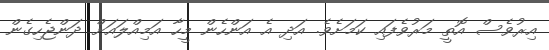
އިރުވެސް އޮތީ މަރުވެފައި ކަމަށެވެ. އަދި އެ އަންހެން މީހާ އަމިއްލައަށް ދަންޖެހިގެން